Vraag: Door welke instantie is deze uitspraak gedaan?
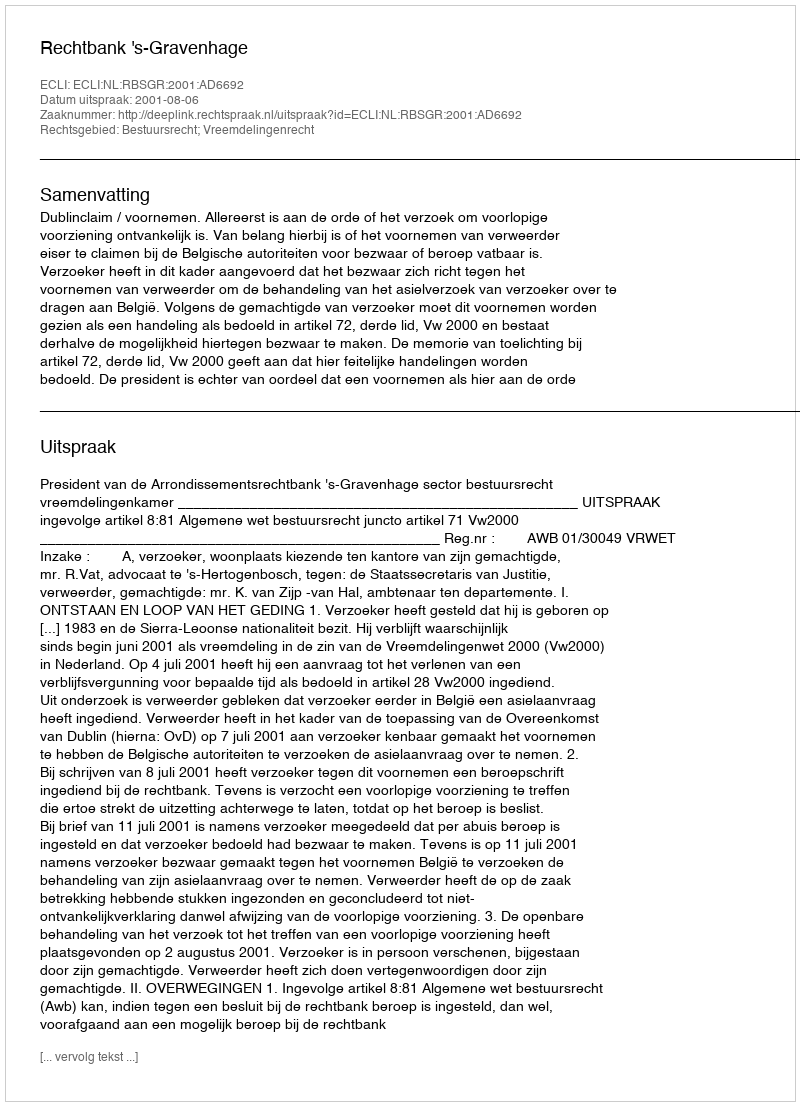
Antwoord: Rechtbank 's-Gravenhage